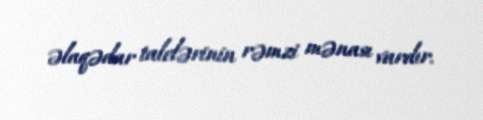
əlaqədar talelərinin rəmzi mənası vardır.